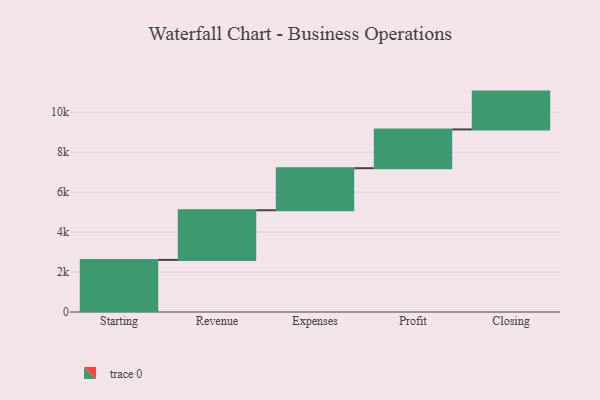
{"axis": {"x": "Step", "y": "Value"}, "legend": [""], "data": [{"x": "Starting", "y": 2608.0, "type": ""}, {"x": "Revenue", "y": 2485.0, "type": ""}, {"x": "Expenses", "y": 2105.0, "type": ""}, {"x": "Profit", "y": 1941.0, "type": ""}, {"x": "Closing", "y": 1893.0, "type": ""}]}